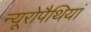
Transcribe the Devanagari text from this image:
न्यूरोपैथियां